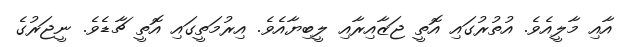
އާއި މާލީއެވެ. އުތުރުގައި އޮތީ ޖަޒާއިރާއި ލީބިޔާއެވެ. އިރުމަތީގައި އޮތީ ޗާޑެވެ. ނީޖަރުގެ